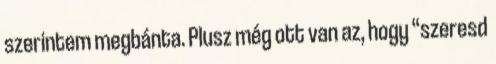
szerintem megbánta. Plusz még ott van az, hogy “szeresd